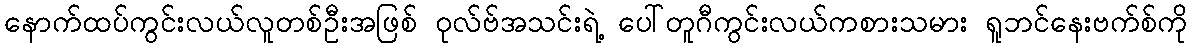
နောက်ထပ်ကွင်းလယ်လူတစ်ဦးအဖြစ် ဝုလ်ဗ်အသင်းရဲ့ ပေါ်တူဂီကွင်းလယ်ကစားသမား ရူဘင်နေးဗက်စ်ကို